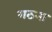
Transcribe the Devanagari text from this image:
गठना